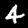
Label: 4